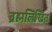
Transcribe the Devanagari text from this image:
ब्रह्मलिखित